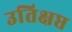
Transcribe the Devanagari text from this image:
उतिक्षप्त